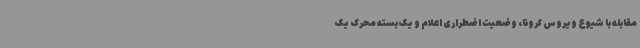
مقابله با شیوع ویروس کرونا، وضعیت اضطراری اعلام و یک بسته محرک یک